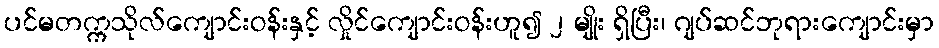
ပင်မတက္ကသိုလ်ကျောင်းဝန်းနှင့် လှိုင်ကျောင်းဝန်းဟူ၍ ၂ မျိုး ရှိပြီး၊ ဂျပ်ဆင်ဘုရားကျောင်းမှာ